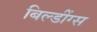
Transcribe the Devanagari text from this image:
बिल्डींग्स